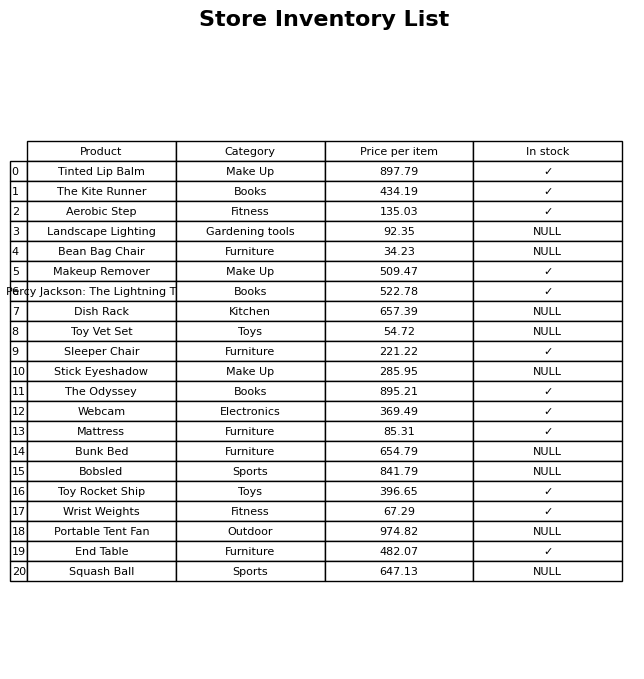
question: What is the price for Percy Jackson: The Lightning Thief?
answer: The price of Percy Jackson: The Lightning Thief is 522.78.